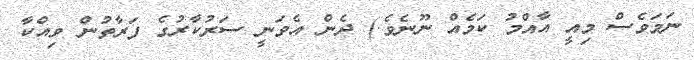
ނަމަވެސް މިއީ އާއްމު ކަމެއް ނޫނެވެ.) ދެން އެވަނީ ސަރުކާރުގެ ފަރާތުން ވިއްކާ